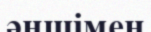
әншімен